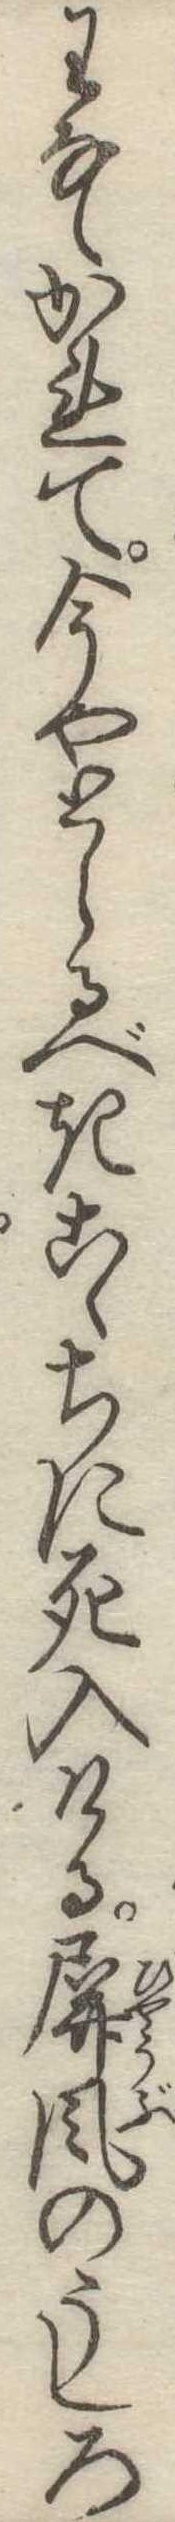
わなゝかれて今やとらるべきこゝちに死入ける屏風のうしろ